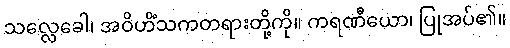
သလ္လေခေါ၊ အဝိဟိံသကတရားတို့ကို။ ကရဏီယော၊ ပြုအပ်၏။